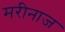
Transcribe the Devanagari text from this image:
मरीनाज